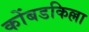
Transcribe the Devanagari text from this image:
कोंबडकिल्ला